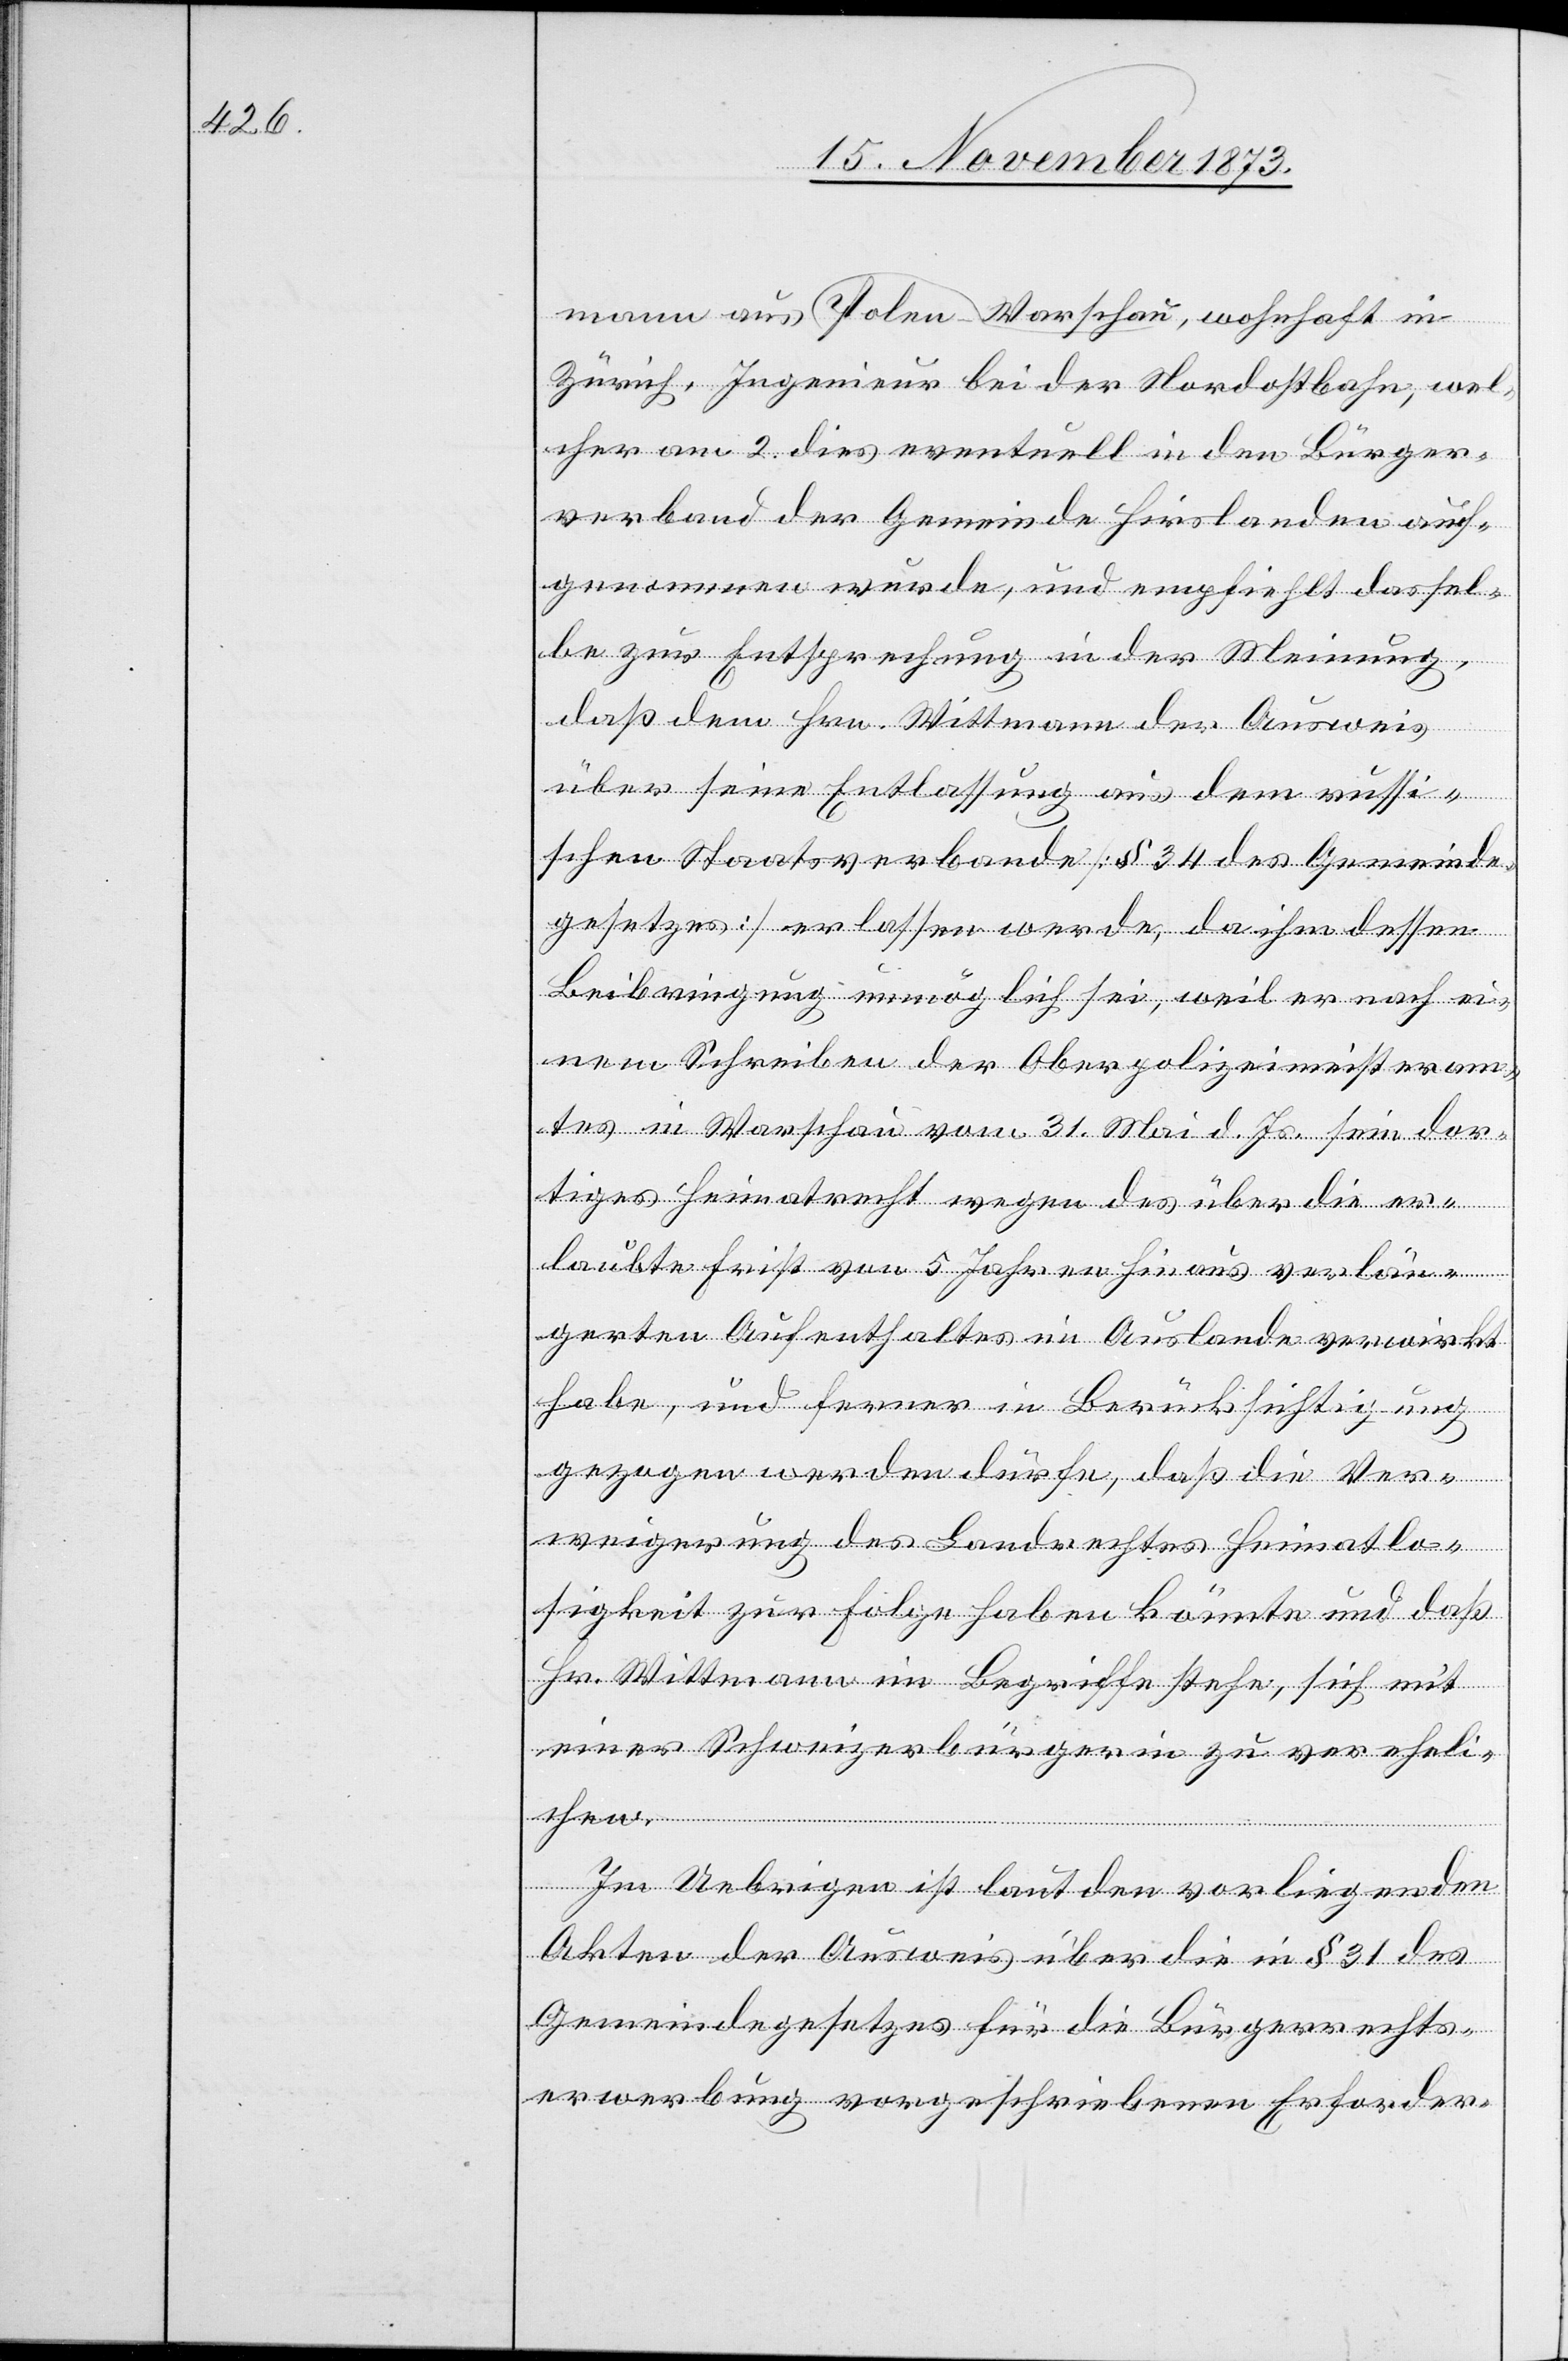
Zürich, Ingenieur bei der Nordostbahn, wel¬
cher am 2. dies eventuell in den Bürger¬
verband der Gemeinde Hirslanden auf¬
genommen wurde, und empfiehlt dassel¬
be zur Entsprechung in der Meinung,
daß dem Hrn. Wittmann der Ausweis
über seine Entlassung aus dem russi¬
schen Staatsverbande [§ 34 des Gemeinde¬
gesetzes] erlassen werde, da ihm dessen
Beibringung unmöglich sei, weil er nach ei¬
nem Schreiben der [sic!] Oberpolizeimeisteram¬
tes in Warschau vom 31. Mai d. Js. sein dor¬
tiges Heimatrecht wegen des über die er¬
laubte Frist von 5 Jahren hinaus verlän¬
gerten Aufenthaltes im Auslande verwirkt
habe, und ferner in Berücksichtigung
gezogen werden dürfe, daß die Ver¬
weigerung des Landrechtes Heimatlo¬
sigkeit zur Folge haben könnte und daß
Hr. Wittmann im Begriffe stehe, sich mit
einer Schweizerbürgerin zu vereheli¬
chen.
Im Uebrigen ist laut den vorliegenden
Akten der Ausweis über die in § 31 des
Gemeindegesetzes für die Bürgerrechts¬
erwerbung vorgeschriebenen Erforder-